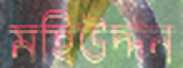
মহিউদ্দন